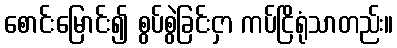
စောင်းမြောင်း၍ စွပ်စွဲခြင်းငှာ ကပ်ငြိရုံသာတည်း။